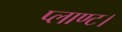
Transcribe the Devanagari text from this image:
प्लाण्ट।